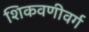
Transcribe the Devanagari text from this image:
शिकवणीवर्ग